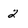
Character: 2